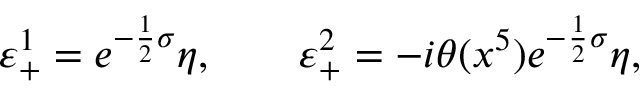
\varepsilon _ { + } ^ { 1 } = e ^ { - \frac { 1 } { 2 } \sigma } \eta , \qquad \varepsilon _ { + } ^ { 2 } = - i \theta ( x ^ { 5 } ) e ^ { - \frac { 1 } { 2 } \sigma } \eta ,